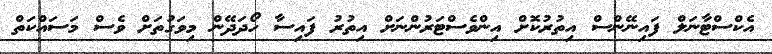
އެކްސްޓާނަލް ފައިނޭންސް އިތުރުކޮށް އިންވެސްޓަރުންނަށް އިތުރު ފައިސާ ހޯދަދޭން މިވަގުތަށް ވެސް މަސައްކަތް